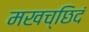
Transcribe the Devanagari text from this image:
मखच्छिदं